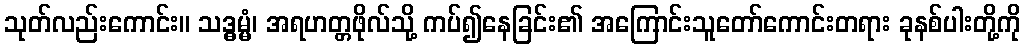
သုတ်လည်းကောင်း။ သဒ္ဓမ္မံ၊ အရဟတ္တဖိုလ်သို့ ကပ်၍နေခြင်း၏ အကြောင်းသူတော်ကောင်းတရား ခုနစ်ပါးတို့ကို